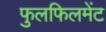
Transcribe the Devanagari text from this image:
फुलफिलमेंट